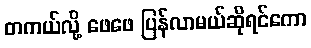
တကယ်လို့ ဖေဖေ ပြန်လာမယ်ဆိုရင်ကော